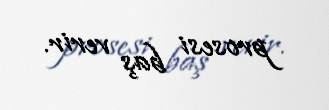
prosesi baş verir.